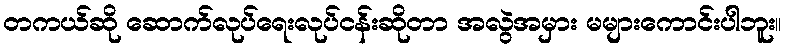
တကယ်ဆို ဆောက်လုပ်ရေးလုပ်ငန်းဆိုတာ အလွဲအမှား မများကောင်းပါဘူး။